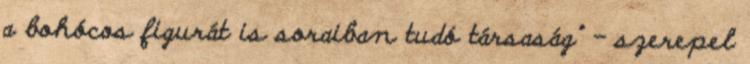
a bohócos figurát is soraiban tudó társaság" - szerepel